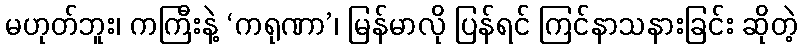
မဟုတ်ဘူး၊ ကကြီးနဲ့ ‘ကရုဏာ’၊ မြန်မာလို ပြန်ရင် ကြင်နာသနားခြင်း ဆိုတဲ့